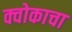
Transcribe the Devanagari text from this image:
क्वोकाचा